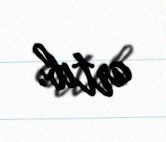
artıb.